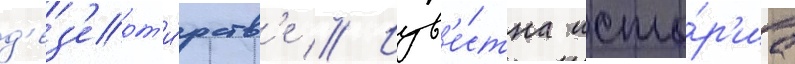
д'ез'ерт'и́рств'е // Изв'е́стна исто́р'иа